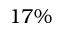
1 7 \%